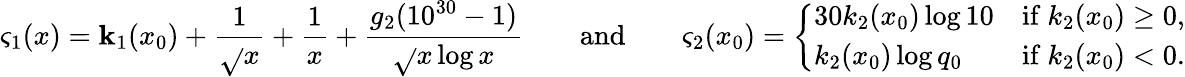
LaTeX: \varsigma_{1}(x)=\mathbf{k}_{1}(x_{0})+\frac{{1}}{{\sqrt{}{{x}}}}+\frac{{1}}{{x}}+\frac{{g_{2}(10^{30}-1)}}{{\sqrt{}{{x}}\log{x}}}\qquad\mathrm{{and}}\qquad\varsigma_{2}(x_{0})=\left\{ \begin{array}{ll}{30k_{2}(x_{0})\log{10}}&{\mathrm{if~}k_{2}(x_{0})\geq 0,}\\ {k_{2}(x_{0})\log{q_{0}}}&{\mathrm{if~}k_{2}(x_{0})<0.}\end{array}\right.